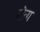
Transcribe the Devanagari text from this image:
गोन्ग